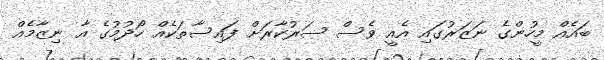
ބައެއް މީހުންގެ ނަޒަރުގައި އެއީ ވެސް ސަރުކާރަށް ފައިސާތަކެއް ހޯދުމުގެ އާ ނިޒާމެއް